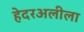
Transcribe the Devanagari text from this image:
हेदरअलीला